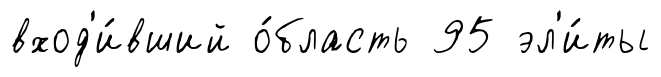
вход'и́вший о́бласть 95 эл'и́ты